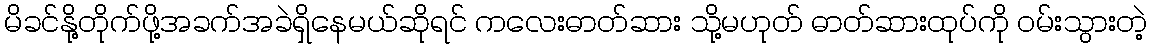
မိခင်နို့တိုက်ဖို့အခက်အခဲရှိနေမယ်ဆိုရင် ကလေးဓာတ်ဆား သို့မဟုတ် ဓာတ်ဆားထုပ်ကို ၀မ်းသွားတဲ့